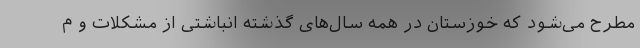
مطرح می‌شود که خوزستان در همه سال‌های گذشته انباشتی از مشکلات و م